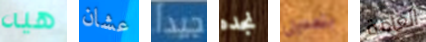
هيه عشان جيدا نجده بتعديل العامة